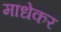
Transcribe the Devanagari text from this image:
माधेकर